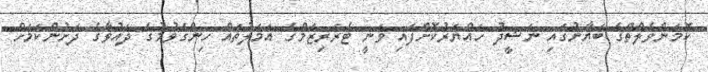
ކޮމަންވެލްތްގެ ބަޔާނުގައި ނަޝީދު ހައްޔަރުކޮށްފައި ވަނީ ޓެރަރިޒަމްގެ އަމަލުތައް ހިންގެވުމުގެ ދައުވާގެ ދަށުންކަމަށް